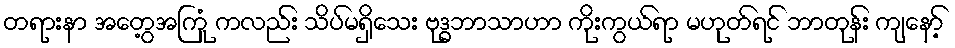
တရားနာ အတွေ့အကြုံ ကလည်း သိပ်မရှိသေး ဗုဒ္ဓဘာသာဟာ ကိုးကွယ်ရာ မဟုတ်ရင် ဘာတုန်း ကျနော့်